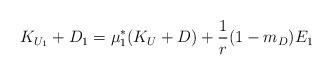
LaTeX: \begin{align*}K_{U_1} +D_1 = \mu_1^* (K_U +D) + \frac{1}{r}(1-m_D) E_1 \end{align*}